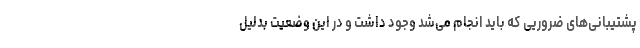
پشتیبانی‌های ضروریی که باید انجام می‌شد وجود داشت و در این وضعیت بدلیل